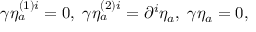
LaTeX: \gamma \eta _ { a } ^ { \left( 1 \right) i } = 0 , \; \gamma \eta _ { a } ^ { \left( 2 \right) i } = \partial ^ { i } \eta _ { a } , \; \gamma \eta _ { a } = 0 ,